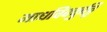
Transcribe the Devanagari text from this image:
माधविक्कुट्टि